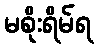
မစိုးရိမ်ရ